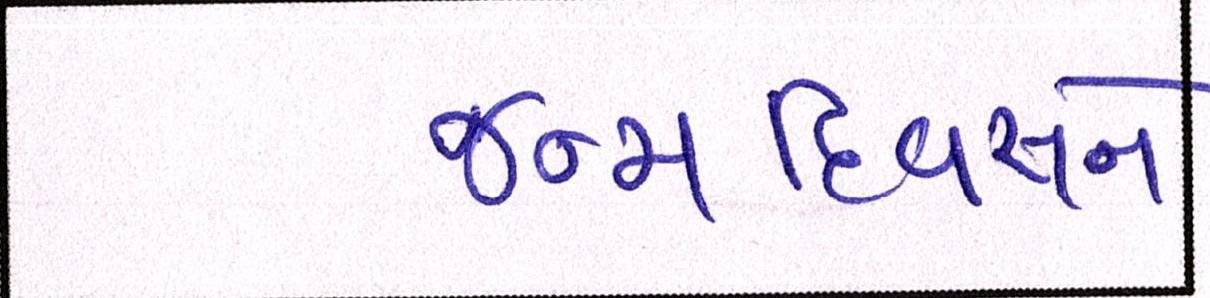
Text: જન્મદિવસને